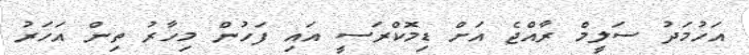
އަހުމަދު ސަލީމް ރާއްޖެ އަށް ޑިމޮކްރަސީ އައި ފަހުން މިހާރު ތިން އަހަރު